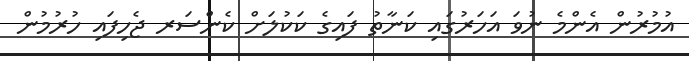
އުމުރުން އެންމެ ނުވަ އަހަރުގައި ކަނާތު ފައިގެ ކަކުލަށް ކެންސަރ ޖެހިފައި ހުރުމުން